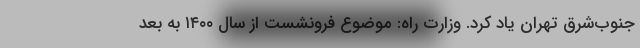
جنوب‌شرق تهران یاد کرد. وزارت راه: موضوع فرونشست از سال ۱۴۰۰ به بعد